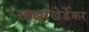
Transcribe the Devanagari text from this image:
साखरखेर्डेकर